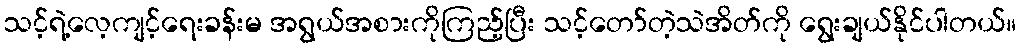
သင့်ရဲ့လေ့ကျင့်ရေးခန်းမ အရွယ်အစားကိုကြည့်ပြီး သင့်တော်တဲ့သဲအိတ်ကို ရွေးချယ်နိုင်ပါတယ်။